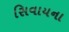
સિવાયના